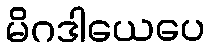
မိဂဒါယေပေ